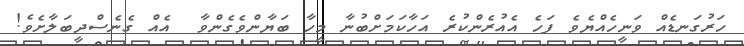
ހަރުގަނޑެއް ވަނީހެއްޔެވެ ފަހެ އެއުރެންކުރެ އަހާކަމަށްބުނާ މީހާ ބަޔާންވެގެންވާ  އެއް ގެނެސްދީބަލާށެވެ!